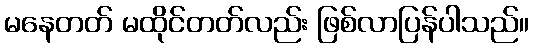
မနေတတ် မထိုင်တတ်လည်း ဖြစ်လာပြန်ပါသည်။